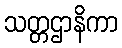
သတ္တဌာနိကာ